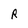
Character: R